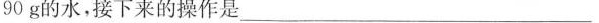
90g的水，接下来的操作是___